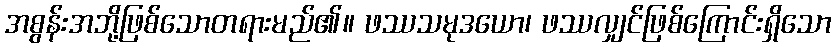
အစွန်းအဘို့ဖြစ်သောတရားမည်၏။ ဖဿသမုဒယော၊ ဖဿလျှင်ဖြစ်ကြောင်းရှိသော